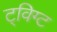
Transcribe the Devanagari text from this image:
ट्विग्ट